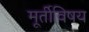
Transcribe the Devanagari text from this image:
मूर्तीविषय